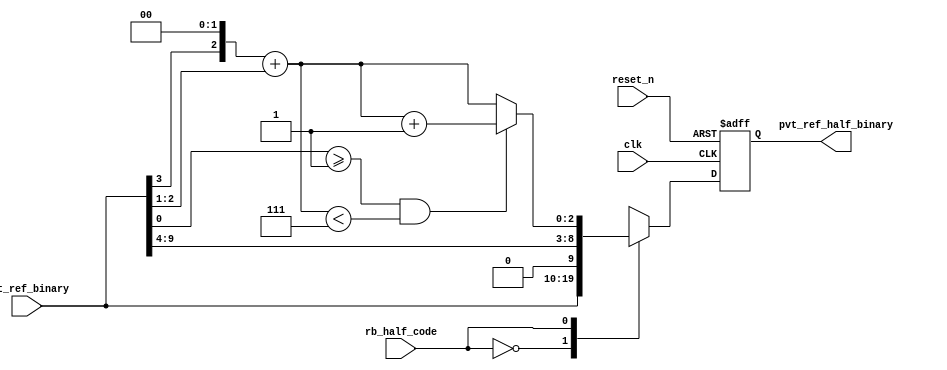
// SPDX-License-Identifier: Apache-2.0
// Copyright (C) 2019 Intel Corporation. All rights reserved
//------------------------------------------------------------------------
//
// Revision:    $Revision: #3 $
//------------------------------------------------------------------------
// Description: half cycle delay code generation logics
//------------------------------------------------------------------------

//------------------------------------------------------------------------
// To be considered :
// 1. any potential glitch between code switching?
//------------------------------------------------------------------------
module aibndpnr_half_cycle_code_gen 
#(
parameter FF_DELAY     = 200
)
(
   input  wire         clk,                     //reference clock from pll
   input  wire         reset_n,                 //output for dll reset
   input  wire  [9:0]  pvt_ref_binary,          //output binary pvt value for delay chain
   input  wire         rb_half_code,   		//select between original or half cycle codes
   output reg   [9:0]  pvt_ref_half_binary 	//half cycle code (binary) for delay chain
);

`ifdef TIMESCALE_EN
  timeunit 1ps;
  timeprecision 1ps;
`endif

wire [6:0]  coarse_bin;
wire [2:0]  fint_bin, fint_bin_inc;
wire [2:0]  fine_bin;
wire [7:0]  coarse_divided_bin;
wire [3:0]  fine_divided_bin, coarse_frac_bin;

                        assign  coarse_divided_bin[7:0] = {1'b0,pvt_ref_binary[9:3]};
                        assign  fine_divided_bin[3:0] = {1'b0,pvt_ref_binary[2:0]};
                        assign  coarse_frac_bin[3:0] = {coarse_divided_bin[0],3'b000};
                        assign  fint_bin[2:0] = coarse_frac_bin[3:1] + fine_divided_bin[3:1];
                        assign  fint_bin_inc[2:0] = ((fine_divided_bin[0] >= 1'd1) && (fint_bin < 3'd7)) ? fint_bin[2:0] + 3'b001 : fint_bin[2:0];

        assign coarse_bin = coarse_divided_bin[7:1];
        assign fine_bin = fint_bin_inc;

        always @(posedge clk or negedge reset_n)
                begin
                        if(~reset_n) begin
				pvt_ref_half_binary <= #FF_DELAY 10'b00_0000_0000;
			end
			else case (rb_half_code)
				1'b0 : pvt_ref_half_binary <= #FF_DELAY pvt_ref_binary;
				1'b1 : pvt_ref_half_binary <= #FF_DELAY {coarse_bin,fine_bin};
				default : pvt_ref_half_binary <= #FF_DELAY {coarse_bin,fine_bin};
			endcase
		end 

endmodule // aibndpnr_half_cycle_code_gen